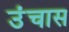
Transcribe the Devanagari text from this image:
उंचास